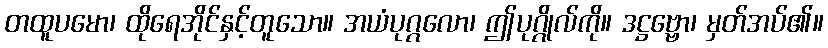
တထူပမော၊ ထိုရေအိုင်နှင့်တူသော။ အယံပုဂ္ဂလော၊ ဤပုဂ္ဂိုလ်ကို။ ဒဋ္ဌဗ္ဗော၊ မှတ်အပ်၏။